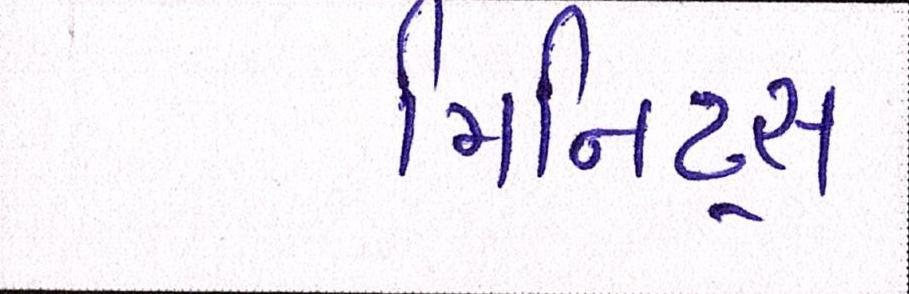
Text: મિનિટ્સ